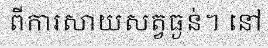
ពីការសាយសត្វធ្ងន់។ នៅ